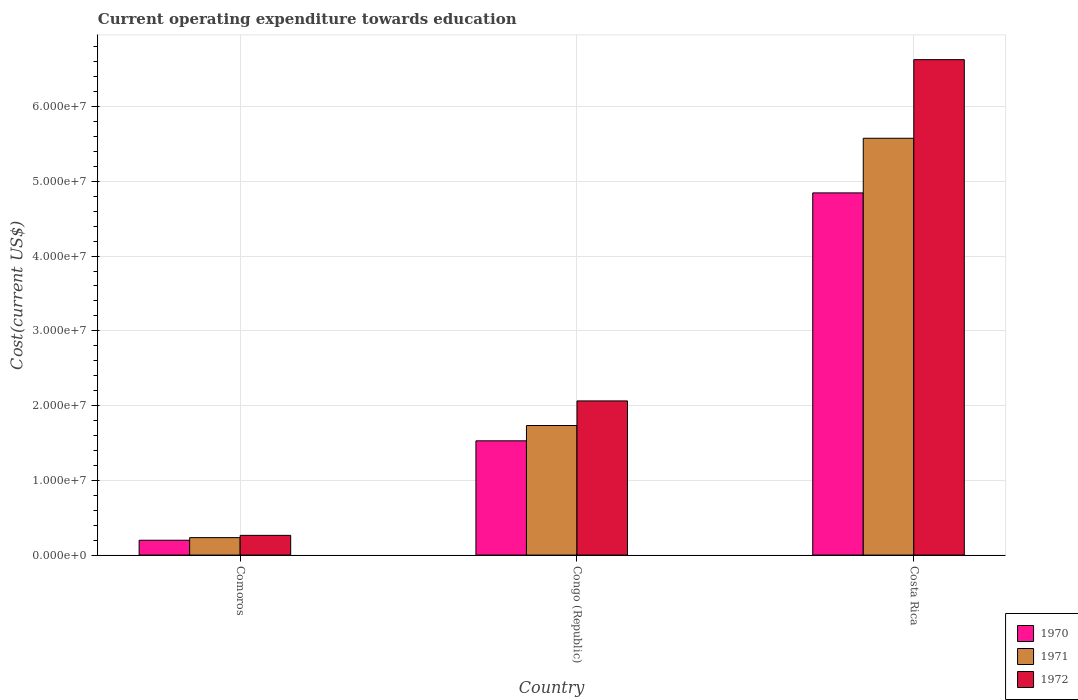
| Country | 1970 | 1971 | 1972 |
 | --- | --- | --- | --- |
 | Comoros | 1.98e+06 | 2.34e+06 | 2.64e+06 |
 | Congo (Republic) | 1.53e+07 | 1.73e+07 | 2.06e+07 |
 | Costa Rica | 4.85e+07 | 5.58e+07 | 6.63e+07 |